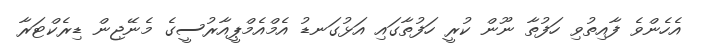
އެހެންވެ ފާއިތުވި ހަފުތާ ނޫން ކުރީ ހަފުތާގައި އަޅުގަނޑު އެމްއެމްޕީއާރުސީގެ މެނޭޖިން ޑިރެކްޓަރާ